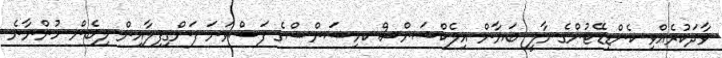
ވާދަކުރެއްވި ކެންޑިޑޭޓުންގެ މާލީ ބަޔާން އިލެކްޝަންސް ކމިޝަންސްގެ ފަސްވަނަ ފަންގިފިލާއިން ލިބެން ހުންނާނެ